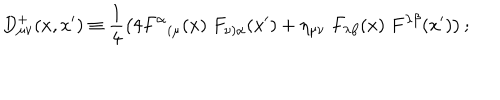
D _ { \mu \nu } ^ { + } ( x , x ^ { \prime } ) \equiv \frac { 1 } { 4 } \left( 4 F ^ { \alpha } { } _ { ( \mu } ( x ) \; F _ { \nu ) \alpha } ( x ^ { \prime } ) + \eta _ { \mu \nu } \; F _ { \lambda \beta } ( x ) \; F ^ { \lambda \beta } ( x ^ { \prime } ) \right) ;